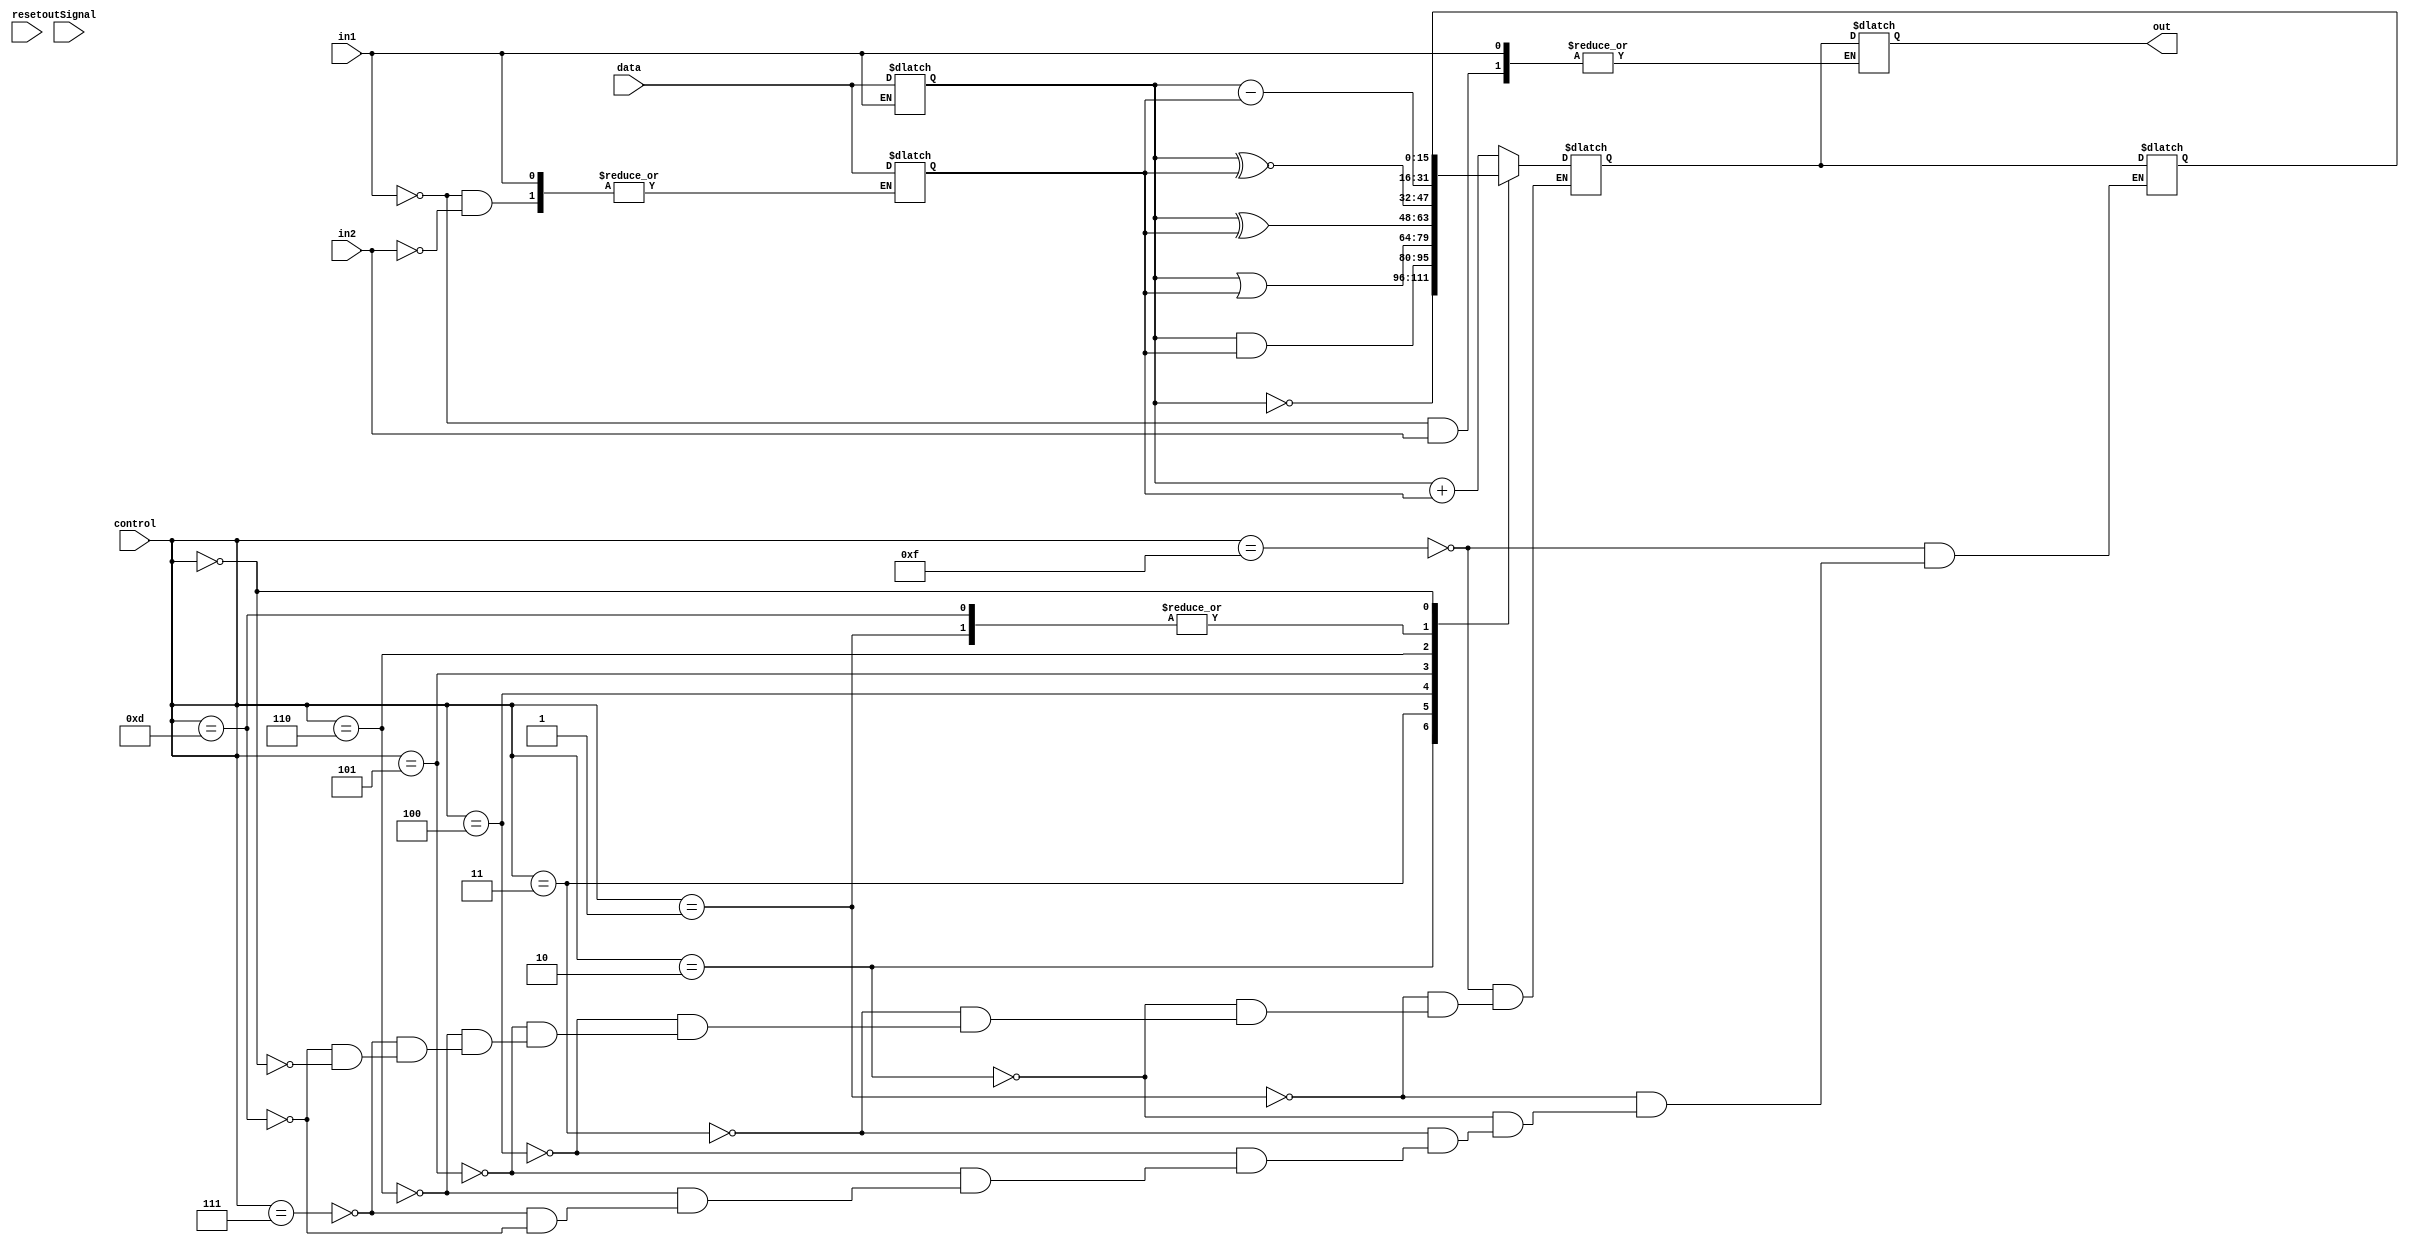
module ALU(control,data,reset,out,in1,in2,outSignal);
input reset;
input in1,in2,outSignal;
input[15:0] data;
input[3:0] control;
output[15:0] out;
reg[15:0] regOne, regTwo,out,outReg,tempReg;

always@(in1 or in2 or outSignal)
begin
if(in1 == 1) begin
regOne <= data; end
else if(in2 == 1) begin
regTwo <=data; end
else if(outSignal==1)begin
out <= outReg; end
else begin
out <= 16'bz; end

end 

always @(control)
begin

case (control)
4'b1111: begin outReg <= (regOne + regTwo); tempReg <=outReg; end//Add
4'b0001: begin outReg <= (regOne - regTwo); tempReg <=outReg; end //Sub
4'b0010: begin outReg <= (~regOne); 	      tempReg <= outReg; 	end//Not 
4'b0011: begin outReg <= (regOne & regTwo); tempReg <= outReg;  	end//And
4'b0100: begin outReg <= (regOne | regTwo);  tempReg <=outReg; end//Or
4'b0101: begin outReg <= (regOne ^ regTwo); tempReg <=outReg; end//Xor
4'b0110: begin outReg <= (regOne ~^ regTwo); tempReg <=outReg; end//Xnor
4'b0111: begin outReg <= (regOne + regTwo); tempReg <=outReg;  end//Addi
4'b1101: begin outReg <= (regOne - regTwo); tempReg <=outReg; end//Subi
4'b0000: begin  outReg<=tempReg; end

endcase
end
endmodule